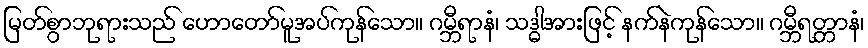
မြတ်စွာဘုရားသည် ဟောတော်မူအပ်ကုန်သော။ ဂမ္ဘီရာနံ၊ သဒ္ဓါအားဖြင့် နက်နဲကုန်သော။ ဂမ္ဘီရတ္တာနံ၊